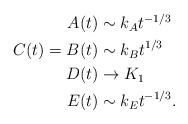
LaTeX: \begin{align*}\begin{aligned}A(t)&\sim k_At^{-1/3}\\C(t)=B(t)&\sim k_Bt^{1/3}\\D(t)&\rightarrow K_1\\E(t)&\sim k_Et^{-1/3}.\end{aligned}\end{align*}